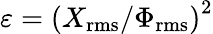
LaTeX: \varepsilon=\left({X}_{\mathrm{rms}}/{\Phi}_{\mathrm{rms}}\right)^{2}